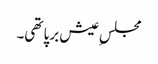
مجلسِ عیش برپا تھی۔